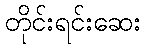
တိုင်းရင်းဆေး